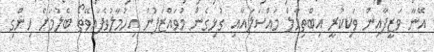
އޭނާ ވަޒީފާއިން ވަކިކުރީ އިބްތިހާލް މައްސަލައާއި ގުޅިގެން މުވައްޒަފުން އިހުމާލުވެފައިވޭތޯ ބެލުމަށް ހިންގި